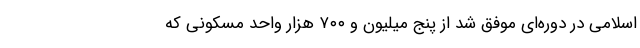
اسلامی در دوره‌ای موفق شد از پنج میلیون و ۷۰۰ هزار واحد مسکونی که